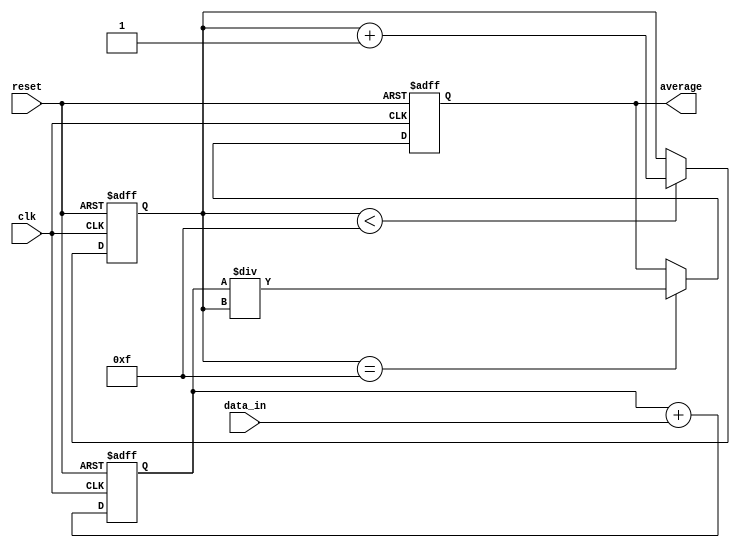
module moving_avg_accumulator (
  input wire clk,
  input wire reset,
  input wire [7:0] data_in,
  output reg [15:0] average
);

reg [11:0] sum;
reg [3:0] count;

always @(posedge clk or posedge reset) begin
  if (reset) begin
    sum <= 12'h0;
    count <= 4'h0;
    average <= 16'h0;
  end else begin
    sum <= sum + data_in;
    if (count < 4'hf) begin
      count <= count + 1;
    end
    if (count == 4'hf) begin
      average <= sum / count;
    end
  end
end

endmodule